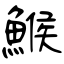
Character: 鯸